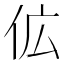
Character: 𬽷